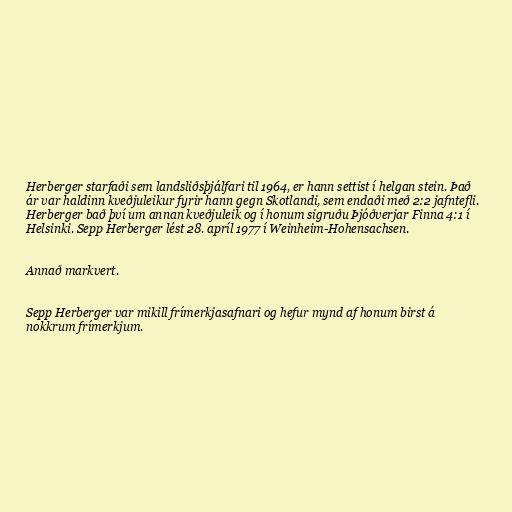
Herberger starfaði sem landsliðsþjálfari til 1964, er hann settist í helgan stein. Það
ár var haldinn kveðjuleikur fyrir hann gegn Skotlandi, sem endaði með 2:2 jafntefli.
Herberger bað því um annan kveðjuleik og í honum sigruðu Þjóðverjar Finna 4:1 í
Helsinki. Sepp Herberger lést 28. apríl 1977 í Weinheim-Hohensachsen.

Annað markvert.

Sepp Herberger var mikill frímerkjasafnari og hefur mynd af honum birst á
nokkrum frímerkjum.